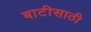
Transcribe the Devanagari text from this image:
बाटीसाठी